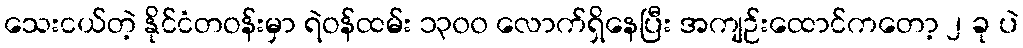
သေးငယ်တဲ့ နိုင်ငံတဝန်းမှာ ရဲဝန်ထမ်း ၁၃၀၀ လောက်ရှိနေပြီး အကျဉ်းထောင်ကတော့ ၂ ခု ပဲ